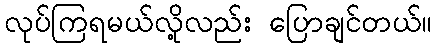
လုပ်ကြရမယ်လို့လည်း ပြောချင်တယ်။